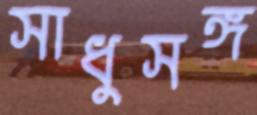
সাধুসঙ্গ